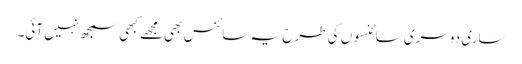
ساری دوسری سائنسوں کی طرح یہ سائنس بھی مجھے کبھی سمجھ نہیں آئی۔